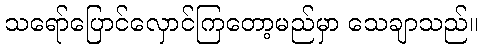
သရော်ပြောင်လှောင်ကြတော့မည်မှာ သေချာသည်။